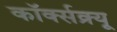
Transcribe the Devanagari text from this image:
कॉर्क्सक्र्यू